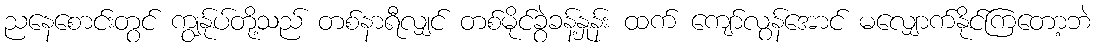
ညနေစောင်းတွင် ကျွန်ုပ်တို့သည် တစ်နာရီလျှင် တစ်မိုင်ခွဲခန့်နှုန်း ထက် ကျော်လွန်အောင် မလျှောက်နိုင်ကြတော့ဘဲ